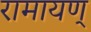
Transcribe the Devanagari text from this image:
रामायण्